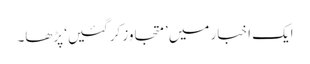
ایک اخبار میں ’متجاوز کرگئیں‘ پڑھا۔